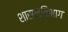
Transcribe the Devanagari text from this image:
शासनविभाग